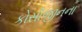
કોસીજીનના